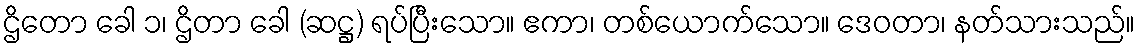
ဌိတော ခေါ ၁၊ ဌိတာ ခေါ (ဆဋ္ဌ) ရပ်ပြီးသော။ ဧကာ၊ တစ်ယောက်သော။ ဒေဝတာ၊ နတ်သားသည်။